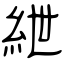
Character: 紲